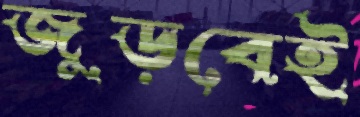
জুড়বেই